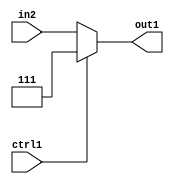
`timescale 1ps / 1ps
/*****************************************************************************
    Verilog RTL Description
    
    
    Created by: Stratus DpOpt 2019.1.01 
*******************************************************************************/

module dut_N_Mux_3_2_23_0 (
	in2,
	ctrl1,
	out1
	); /* architecture "behavioural" */ 
input [2:0] in2;
input  ctrl1;
output [2:0] out1;
wire [2:0] asc001;

reg [2:0] asc001_tmp_0;
assign asc001 = asc001_tmp_0;
always @ (ctrl1 or in2) begin
	case (ctrl1)
		1'B1 : asc001_tmp_0 = 3'B111 ;
		default : asc001_tmp_0 = in2 ;
	endcase
end

assign out1 = asc001;
endmodule

/* CADENCE  uLL2SAA= : u9/ySgnWtBlWxVPRXgAZ4Og= ** DO NOT EDIT THIS LINE ******/